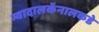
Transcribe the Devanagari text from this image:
ग्वादालकॅनालकडे